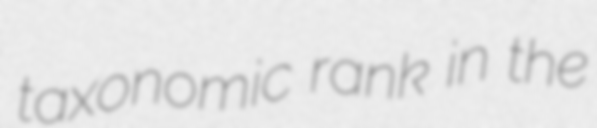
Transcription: taxonomic rank in the